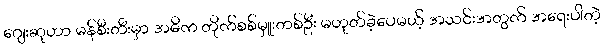
ဂျေးဆုဟာ မန်စီးတီးမှာ အဓိက တိုက်စစ်မှူးတစ်ဦး မဟုတ်ခဲ့ပေမယ့် အသင်းအတွက် အရေးပါတဲ့